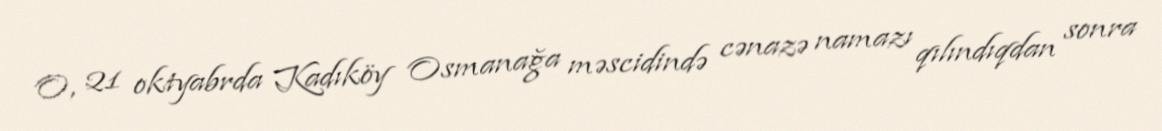
O, 21 oktyabrda Kadıköy Osmanağa məscidində cənazə namazı qılındıqdan sonra